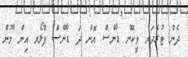
ދެން ޓުގެދަރ ވީކޭން ޑާންސް އޮން ދަ ޑާންސް ފްލޯރ އިން މޫން